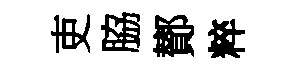
吏脇鄼粹